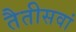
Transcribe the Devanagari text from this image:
तैतीसवां